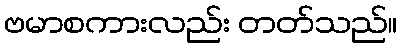
ဗမာစကားလည်း တတ်သည်။